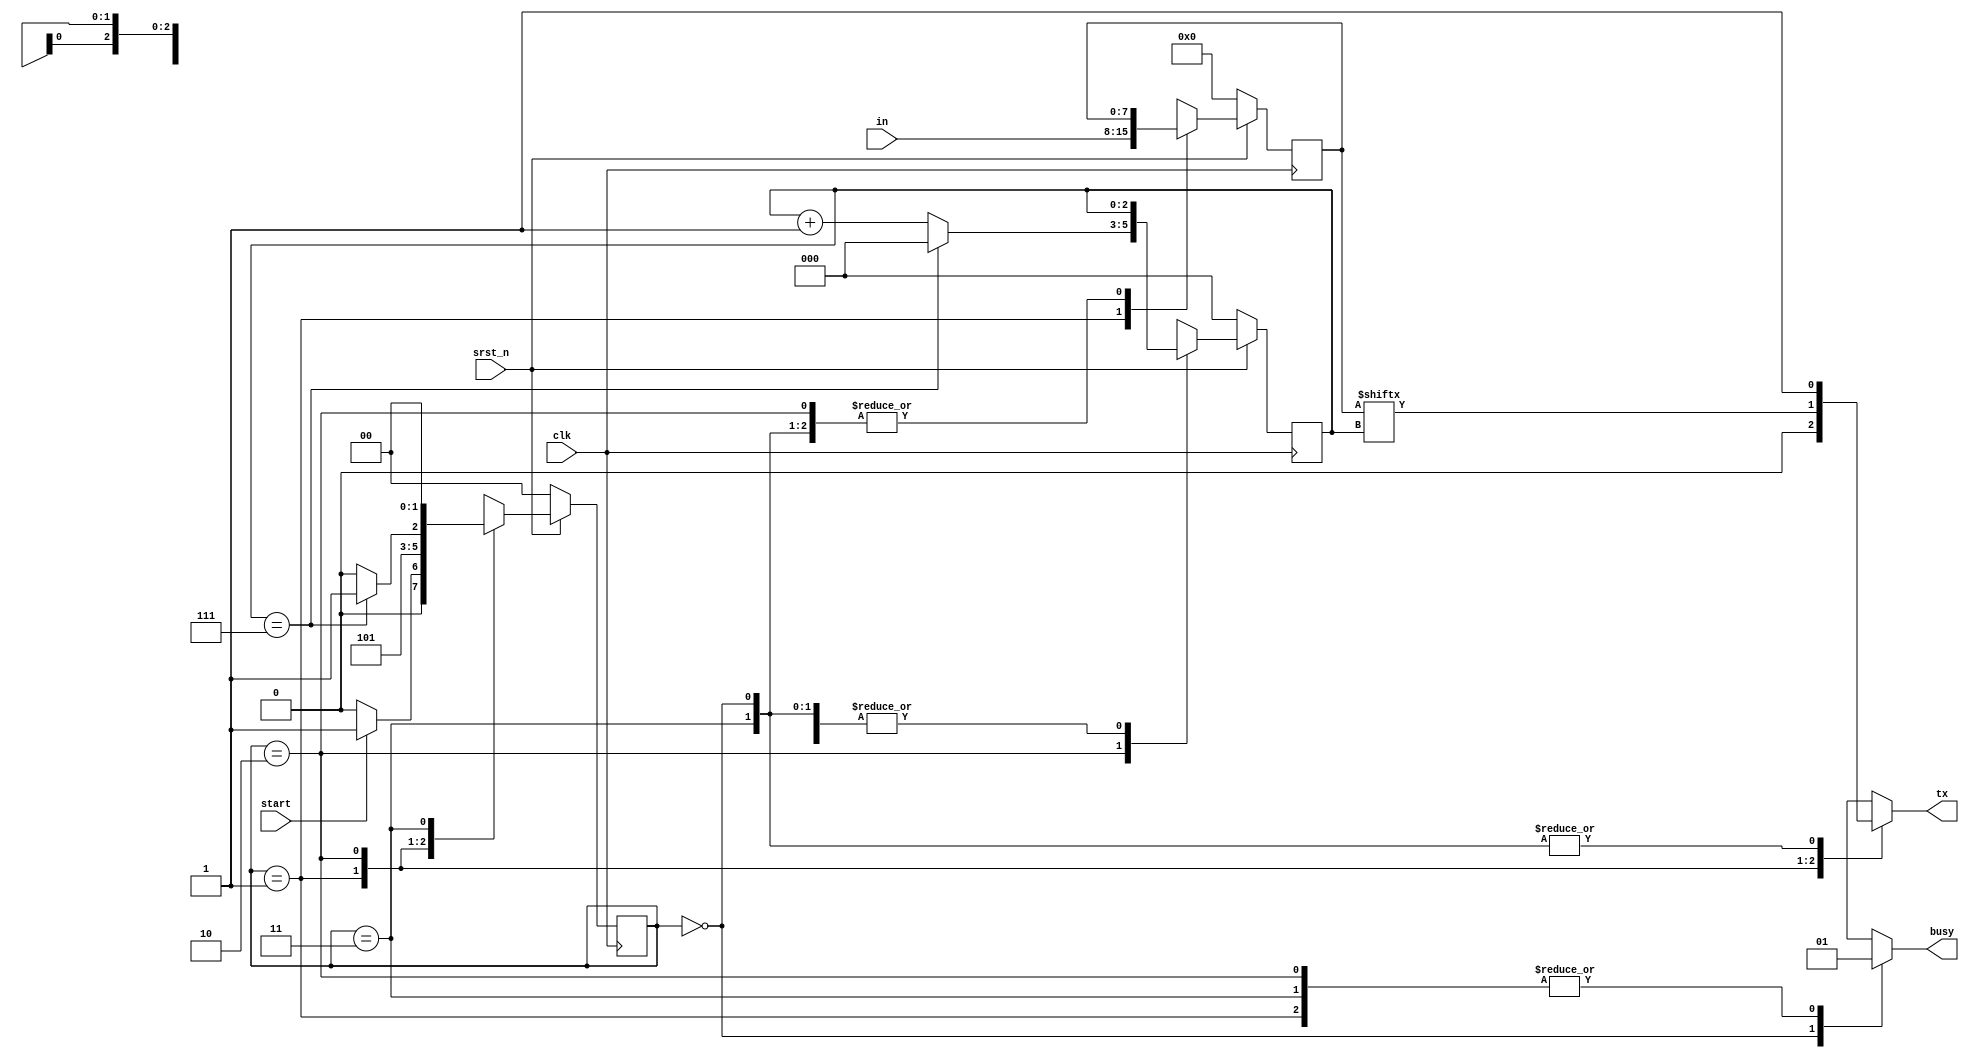
module transmitter 
(
	input clk,
	input srst_n,

	output reg tx,
	output reg busy,
	input start,
	input [7:0] in
);

parameter IDLE = 2'd0, START = 2'd1, DATA = 2'd2, STOP = 2'd3;

reg [1:0] state, state_next;
reg [2:0] count, count_next;
reg [7:0] data, data_next;

always @(posedge clk) begin
	if (~srst_n) begin
		state <= IDLE;
		count <= 3'd0;
		data <= 8'd0;
	end else begin
		state <= state_next;
		count <= count_next;
		data <= data_next;
	end
end

always @* begin
	tx = 1'b1;
	busy = 1'b0;
	data_next = data;
	state_next = 2'd0;
	count_next = count;
	case(state)
		IDLE: begin
			if (start) begin
				state_next = START;
			end else begin
				state_next = IDLE;
			end
		end
		START: begin
			tx = 0;
			busy = 1'b1;
			data_next = in;
			state_next = DATA;
		end
		DATA: begin
			busy = 1'b1;
			if (count == 3'd7) begin
				count_next = 3'd0;
				tx = data[count];
				state_next = STOP;
			end else begin
				count_next = count + 3'd1;
				tx = data[count];
				state_next = DATA;
			end
		end
		STOP: begin
			tx = 1'b1;
			busy = 1'b1;
			state_next = IDLE;
		end
	endcase
end

endmodule